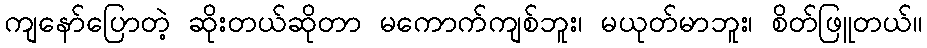
ကျနော်ပြောတဲ့ ဆိုးတယ်ဆိုတာ မကောက်ကျစ်ဘူး၊ မယုတ်မာဘူး၊ စိတ်ဖြူတယ်။